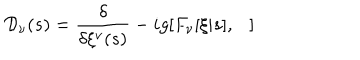
{ \cal D } _ { \nu } ( s ) = \frac { \delta } { \delta \xi ^ { \nu } ( s ) } - i g [ F _ { \nu } [ \xi | s ] , \ \ \ ]